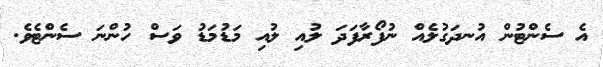
އެ ސެންޓުން އުނދަގުލެއް ނުފޯރާފަދަ ލުއި ލުއި މަޑުމަޑު ވަސް ހުންނަ ސެންޓެވެ.